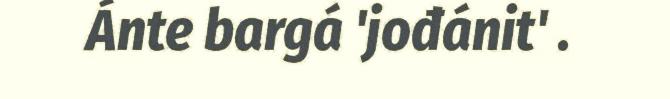
Ánte bargá 'jođánit' .